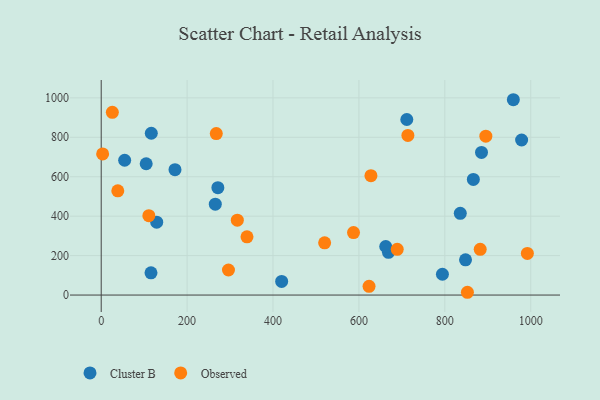
{"axis": {"x": "Engine Size", "y": "Demand"}, "legend": ["Cluster B", "Observed"], "data": [{"x": "978.8", "y": 786.2, "type": "Cluster B"}, {"x": "104.7", "y": 665.7, "type": "Cluster B"}, {"x": "794.4", "y": 105.6, "type": "Cluster B"}, {"x": "848.2", "y": 178.7, "type": "Cluster B"}, {"x": "265.6", "y": 460.8, "type": "Cluster B"}, {"x": "420.1", "y": 68.9, "type": "Cluster B"}, {"x": "885.4", "y": 723.4, "type": "Cluster B"}, {"x": "866.4", "y": 586.3, "type": "Cluster B"}, {"x": "54.6", "y": 683.5, "type": "Cluster B"}, {"x": "668.8", "y": 216.7, "type": "Cluster B"}, {"x": "115.9", "y": 112.5, "type": "Cluster B"}, {"x": "116.6", "y": 820.4, "type": "Cluster B"}, {"x": "836.0", "y": 414.5, "type": "Cluster B"}, {"x": "171.8", "y": 635.9, "type": "Cluster B"}, {"x": "711.5", "y": 890.2, "type": "Cluster B"}, {"x": "959.5", "y": 990.4, "type": "Cluster B"}, {"x": "271.6", "y": 544.6, "type": "Cluster B"}, {"x": "662.4", "y": 246.3, "type": "Cluster B"}, {"x": "129.2", "y": 369.5, "type": "Cluster B"}, {"x": "110.9", "y": 402.7, "type": "Observed"}, {"x": "714.0", "y": 809.6, "type": "Observed"}, {"x": "623.6", "y": 44.1, "type": "Observed"}, {"x": "689.2", "y": 231.7, "type": "Observed"}, {"x": "992.2", "y": 211.3, "type": "Observed"}, {"x": "296.3", "y": 127.0, "type": "Observed"}, {"x": "3.3", "y": 715.7, "type": "Observed"}, {"x": "316.9", "y": 379.6, "type": "Observed"}, {"x": "882.4", "y": 231.7, "type": "Observed"}, {"x": "895.5", "y": 805.5, "type": "Observed"}, {"x": "520.2", "y": 265.0, "type": "Observed"}, {"x": "628.0", "y": 605.3, "type": "Observed"}, {"x": "38.6", "y": 528.6, "type": "Observed"}, {"x": "25.9", "y": 926.6, "type": "Observed"}, {"x": "339.4", "y": 295.1, "type": "Observed"}, {"x": "852.6", "y": 14.1, "type": "Observed"}, {"x": "267.9", "y": 818.8, "type": "Observed"}, {"x": "587.4", "y": 316.6, "type": "Observed"}]}